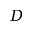
D